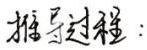
推导过程：